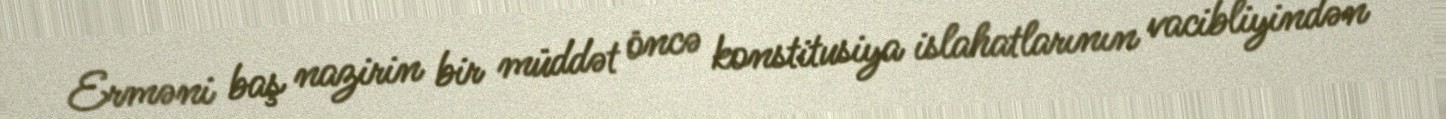
Erməni baş nazirin bir müddət öncə konstitusiya islahatlarının vacibliyindən